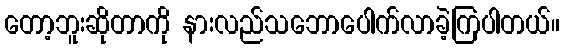
တော့ဘူးဆိုတာကို နားလည်သဘောပေါက်လာခဲ့ကြပါတယ်။